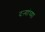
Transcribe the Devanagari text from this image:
दऱ्यांच्या